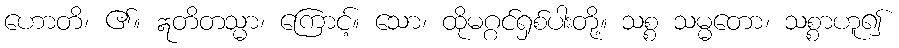
ဟောတိ၊ ၏။ ဣတိတသ္မာ၊ ကြောင့်။ သော၊ ထိုမဂ္ဂင်ရှစ်ပါးတို့။ သစ္စ သမ္မတော၊ သစ္စာဟူ၍